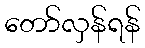
တော်လှန်ရန်